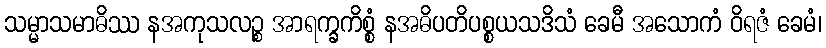
သမ္မာသမာဓိဿ နအကုသလဉ္စ အာရက္ခကိစ္စံ နအဓိပတိပစ္စယသဒိသံ ခေမီ အသောကံ ဝိရဇံ ခေမံ၊